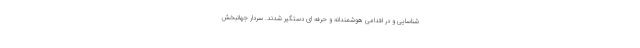
شناسایی و در اقدامی هوشمندانه و حرفه ای دستگیر شدند. سردار جهانبخش